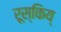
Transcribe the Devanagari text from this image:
रूस्किय्